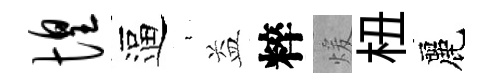
惶逼裊益粹煖杻麗